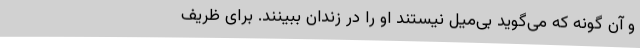
و آن گونه که می‌گوید بی‌میل نیستند او را در زندان ببینند. برای ظریف